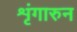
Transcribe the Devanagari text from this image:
शृंगारुन